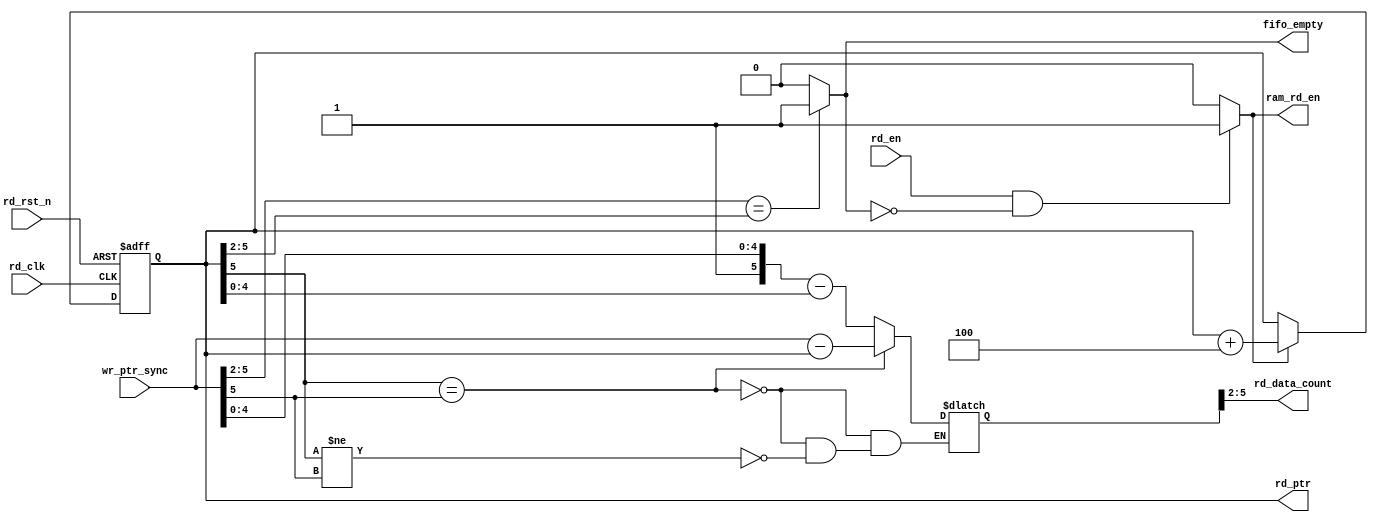
module fifo_rd_ctrl
#(parameter RAM_ADDR_WIDTH = 'd5                        , //
            RD_CNT_WIDTH   = RAM_ADDR_WIDTH+ 'd1- 'd2   , //
            RD_IND         = 'd4                          //,
            )
(
        input   wire                        rd_clk          ,
        input   wire                        rd_rst_n        ,
        input   wire                        rd_en           , //FIFO
        input   wire [RAM_ADDR_WIDTH:0]     wr_ptr_sync     , //, 

        output  reg  [RAM_ADDR_WIDTH:0]     rd_ptr          , //
        output  reg                         fifo_empty      , //FIFO
        output  wire [RD_CNT_WIDTH-1:0]     rd_data_count   , //
        output  wire                        ram_rd_en         //RAM,
    );
    
    reg [RAM_ADDR_WIDTH:0] rd_ram_cnt ;//, 
    
    
    //
    //fifo_empty
    always@(*) begin
        if(wr_ptr_sync[RAM_ADDR_WIDTH: RAM_ADDR_WIDTH-RD_CNT_WIDTH+'d1] == rd_ptr[RAM_ADDR_WIDTH: RAM_ADDR_WIDTH-RD_CNT_WIDTH+'d1]) begin
        //RD_CNT_WIDTH, 
            fifo_empty = 1'b1;
        end else begin
            fifo_empty = 1'b0;
        end
    end
    
    //RAM, rd_en
    //ram_rd_en
    assign ram_rd_en = (rd_en && !fifo_empty)?1'b1:1'b0;
    
    //
    //rd_ptr
    always@(posedge rd_clk or negedge rd_rst_n) begin
        if(~rd_rst_n) begin
            rd_ptr <= 'd0;
        end else if(ram_rd_en) begin
            rd_ptr <= rd_ptr + RD_IND;
        end else begin
            rd_ptr <= rd_ptr;
        end
    end
    
    //rd_ram_cnt
    always@(*) begin
        if(rd_ptr[RAM_ADDR_WIDTH] == wr_ptr_sync[RAM_ADDR_WIDTH]) begin
            //,RAM
            //RAM
            rd_ram_cnt = wr_ptr_sync - rd_ptr;
        end else if(rd_ptr[RAM_ADDR_WIDTH] != wr_ptr_sync[RAM_ADDR_WIDTH]) begin
            //RAM
            //,,1,0
            rd_ram_cnt = {1'b1, wr_ptr_sync[RAM_ADDR_WIDTH-1:0]} - {1'b0, rd_ptr[RAM_ADDR_WIDTH-1:0]};
        end else begin
            rd_ram_cnt = rd_ram_cnt;
        end    
    end
    
    //
    //RD_CNT_WIDTH
    assign rd_data_count = rd_ram_cnt[RAM_ADDR_WIDTH: RAM_ADDR_WIDTH + 'd1 - RD_CNT_WIDTH];
    
endmodule